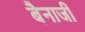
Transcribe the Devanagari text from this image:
बैनार्जी